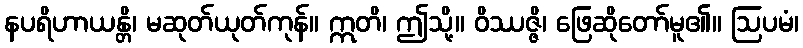
နပရိဟာယန္တိ၊ မဆုတ်ယုတ်ကုန်။ ဣတိ၊ ဤသို့။ ဝိဿဇ္ဇိ၊ ဖြေဆိုတော်မူ၏။ ဩပမံ၊